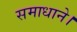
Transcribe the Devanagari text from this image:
समाधाने।